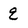
Character: q